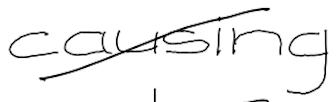
Text: causing
Cross-out: diagonal
Writing tool: digital_black